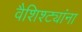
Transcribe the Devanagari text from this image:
वैशिश्ट्यांना